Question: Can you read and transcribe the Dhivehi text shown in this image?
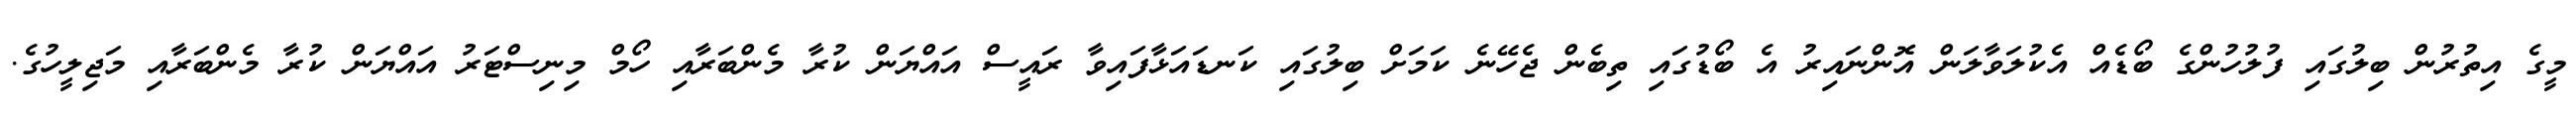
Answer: މީގެ އިތުރުން ބިލުގައި ފުލުހުންގެ ބޯޑެއް އެކުލަވާލަން އޮންނައިރު އެ ބޯޑުގައި ތިބެން ޖެހޭނެ ކަމަށް ބިލުގައި ކަނޑައަޅާފައިވާ ރައީސް އައްޔަން ކުރާ މެންބަރާއި ހޯމް މިނިސްޓަރު އައްޔަން ކުރާ މެންބަރާއި މަޖިލީހުގެ.